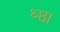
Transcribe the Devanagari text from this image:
श्र्ष्ठा